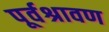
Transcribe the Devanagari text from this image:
पूर्वश्रावण